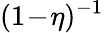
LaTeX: (1\! -\! \eta)^{-1}